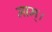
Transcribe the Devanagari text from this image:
माम्।